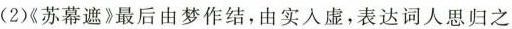
)《苏幕遮》最后由梦作结，由实人虚，表达词人思归之情的两句是”_______，_____”。